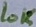
Text: 10K